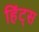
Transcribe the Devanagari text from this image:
हिंट्स